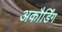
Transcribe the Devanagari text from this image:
अकौर्डिंग